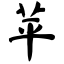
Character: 苹